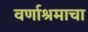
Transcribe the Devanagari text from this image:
वर्णाश्रमाचा